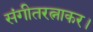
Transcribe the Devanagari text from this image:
संगीतरत्नाकर।